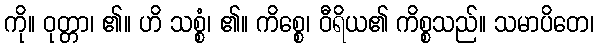
ကို။ ဝုတ္တာ၊ ၏။ ဟိ သစ္စံ၊ ၏။ ကိစ္စေ၊ ဝီရိယ၏ ကိစ္စသည်။ သမာပိတေ၊